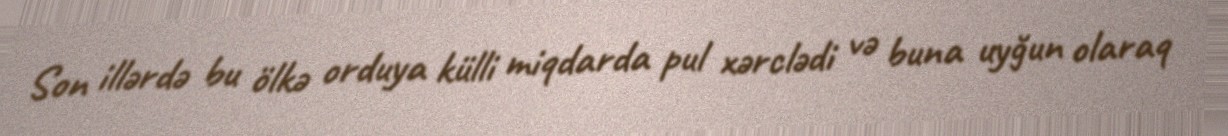
Son illərdə bu ölkə orduya külli miqdarda pul xərclədi və buna uyğun olaraq